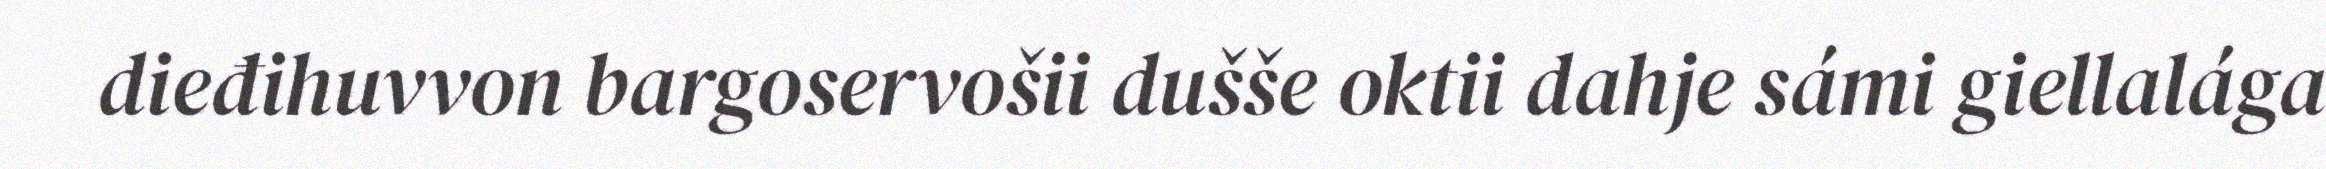
dieđihuvvon bargoservošii dušše oktii dahje sámi giellalága